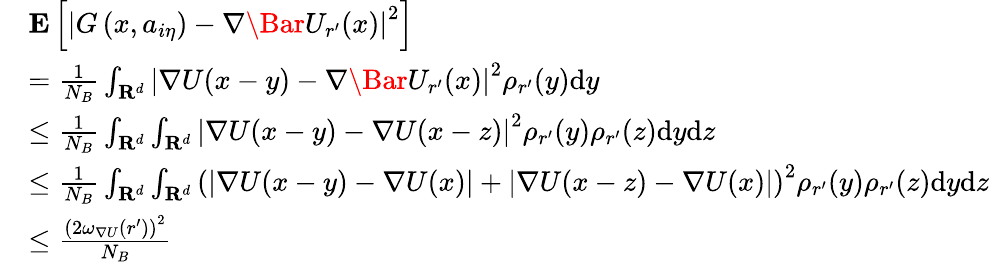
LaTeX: \begin{array}{rl}&{\mathbf{E}\left[\left|{G}\left(x,a_{i\eta}\right)-\nabla\Bar{U}_{r^{\prime}}(x)\right|^{2}\right]}\\ &{=\frac{1}{N_{B}}\int_{\mathbf{R}^{d}}\left|\nabla U(x-y)-\nabla\Bar{U}_{r^{\prime}}(x)\right|^{2}\rho_{r^{\prime}}(y)\mathrm{d}y}\\ &{\le\frac{1}{N_{B}}\int_{\mathbf{R}^{d}}\int_{\mathbf{R}^{d}}\left|\nabla U(x-y)-\nabla U(x-z)\right|^{2}\rho_{r^{\prime}}(y)\rho_{r^{\prime}}(z)\mathrm{d}y\mathrm{d}z}\\ &{\le\frac{1}{N_{B}}\int_{\mathbf{R}^{d}}\int_{\mathbf{R}^{d}}\left(\left|\nabla U(x-y)-\nabla U(x)\right|+\left|\nabla U(x-z)-\nabla U(x)\right|\right)^{2}\rho_{r^{\prime}}(y)\rho_{r^{\prime}}(z)\mathrm{d}y\mathrm{d}z}\\ &{\le\frac{\left(2\omega_{\nabla U}(r^{\prime})\right)^{2}}{N_{B}}}\end{array}